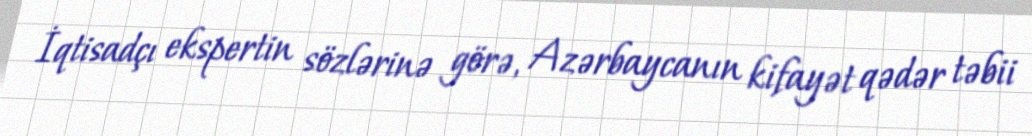
İqtisadçı ekspertin sözlərinə görə, Azərbaycanın kifayət qədər təbii